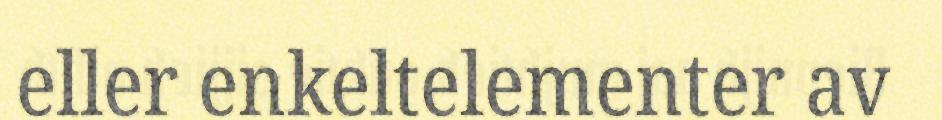
eller enkeltelementer av